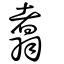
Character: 翥